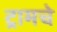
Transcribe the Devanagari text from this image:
ट्रामचे